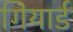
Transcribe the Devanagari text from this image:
गियार्ड